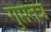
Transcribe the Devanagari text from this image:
गुप्ततंत्र